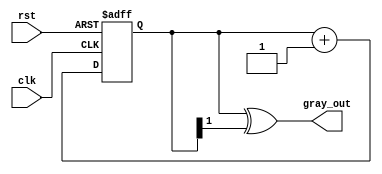
module gray_code_counter #(parameter N = 2) (
    input wire clk,         // Clock signal
    input wire rst,         // Asynchronous reset signal
    output reg [N-1:0] gray_out // Gray Code output
);

// Internal binary counter
reg [N-1:0] binary_count;

// Binary to Gray Code conversion
function [N-1:0] binary_to_gray;
    input [N-1:0] binary;
begin
    binary_to_gray = binary ^ (binary >> 1);
end
endfunction

// Always block for clock and reset operation
always @(posedge clk or posedge rst) begin
    if (rst) begin
        binary_count <= 0; // Reset the binary counter to 0
    end else begin
        binary_count <= binary_count + 1; // Increment the binary counter
    end
end

// Always block for converting binary to Gray Code
always @(*) begin
    gray_out = binary_to_gray(binary_count); // Convert to Gray Code
end

endmodule